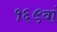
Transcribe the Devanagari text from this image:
१६९वां